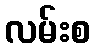
လမ်းစ